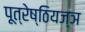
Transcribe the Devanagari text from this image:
पूत्रेष्ठियज्ञ